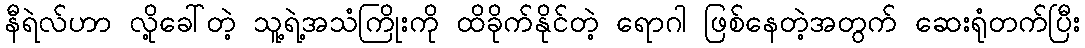
နီရဲလ်ဟာ လို့ခေါ်တဲ့ သူ့ရဲ့အသံကြိုးကို ထိခိုက်နိုင်တဲ့ ရောဂါ ဖြစ်နေတဲ့အတွက် ဆေးရုံတက်ပြီး